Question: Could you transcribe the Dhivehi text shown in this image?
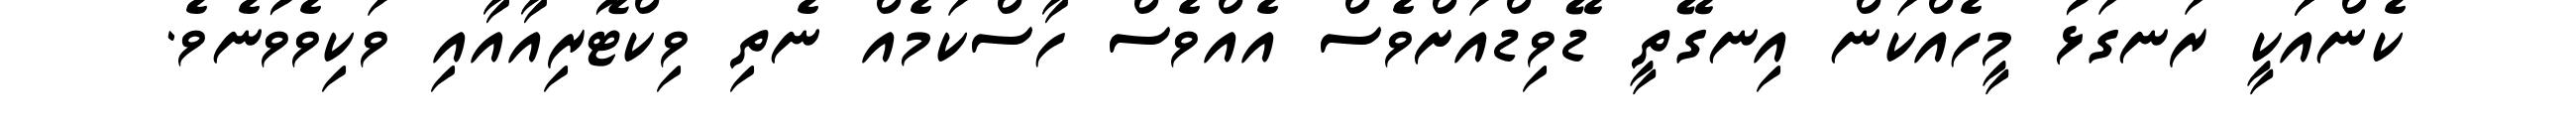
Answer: ކެންއަަކީ ރަނގަޅު މީހެއްކަން އިނގޭތީ ޑޭވިޑްއަށްވެސް އެއްވެސް ހާސްކަމެއް ނެތި ވިކްޓޮރިއާއާއި ވަކިވެވުނެވެ.